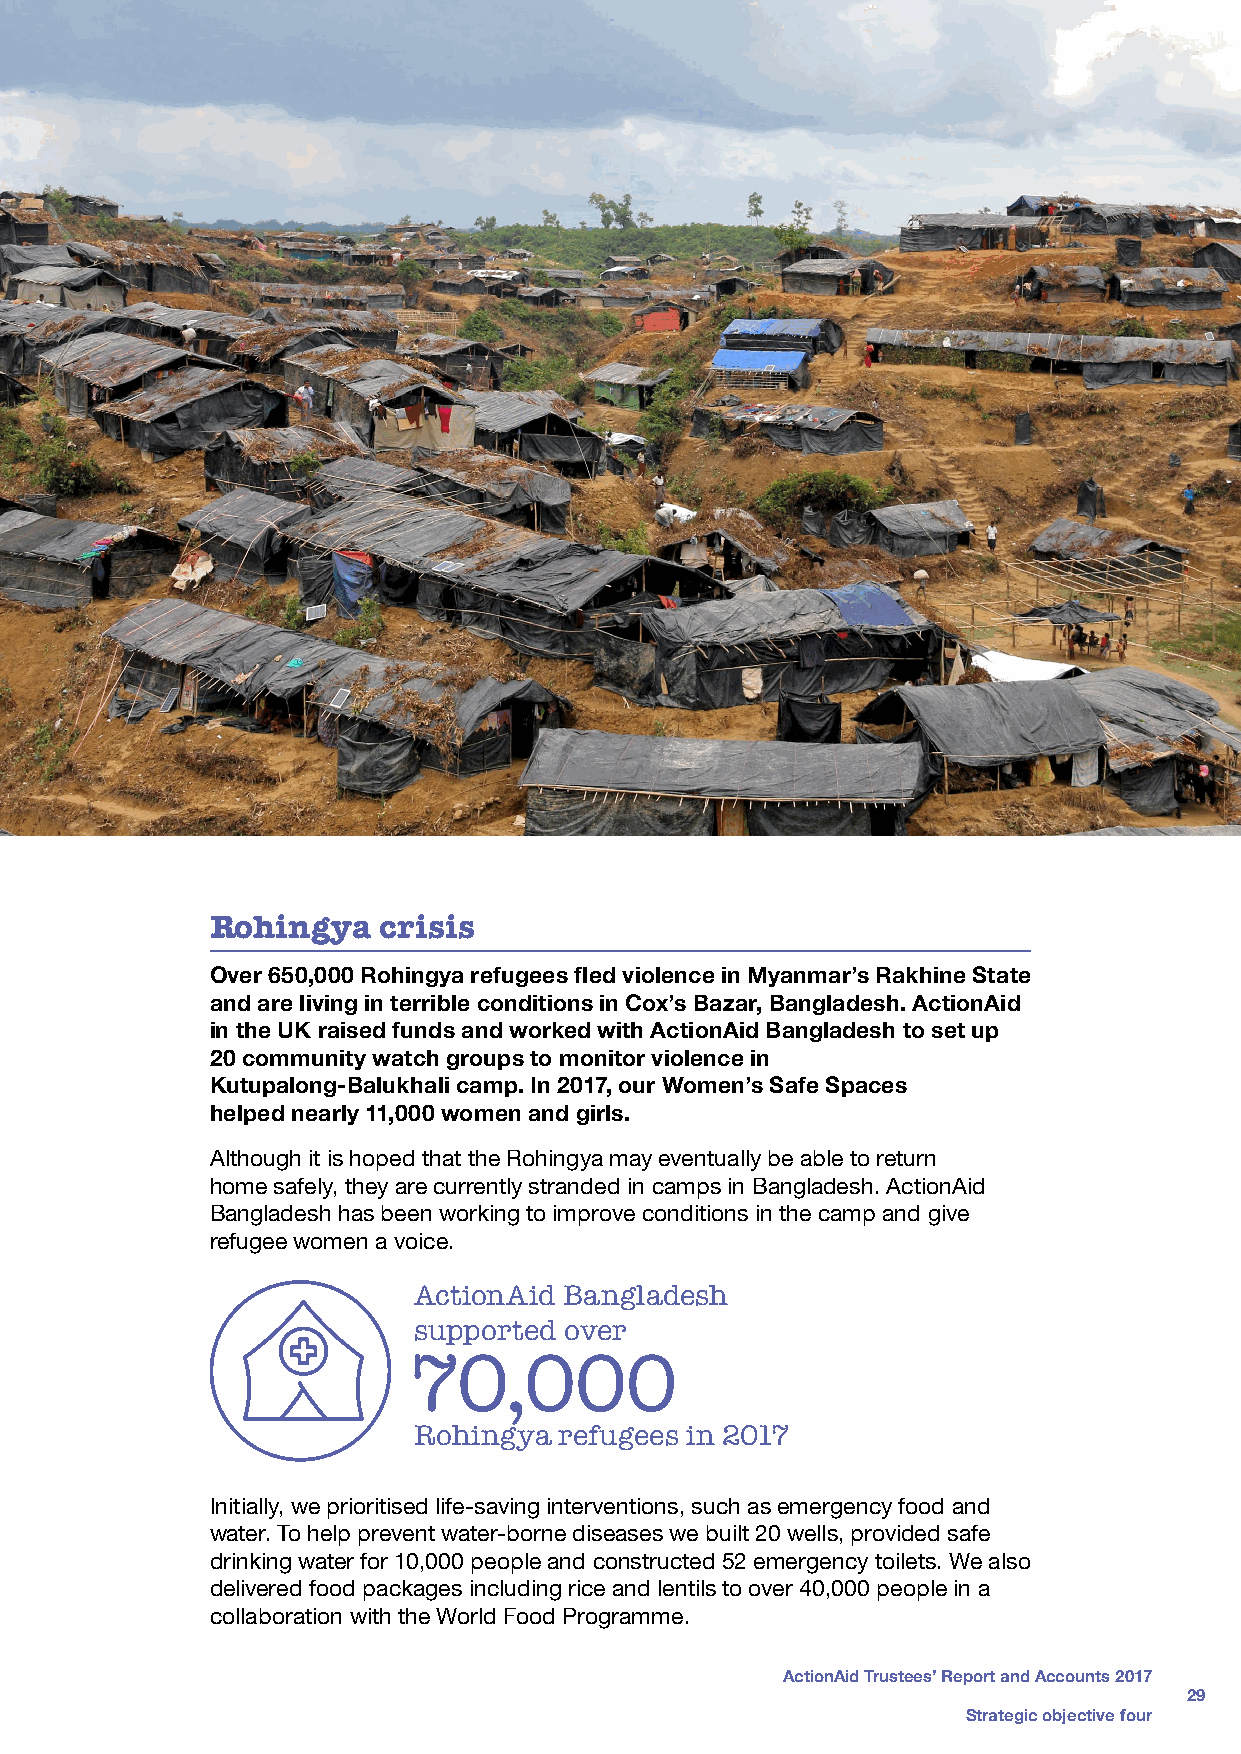
Rohingya   crisis
 Over 650,000 Rohingya refugees fled violence in Myanmar’s Rakhine State
 and are living in terrible conditions in Cox’s Bazar, Bangladesh. ActionAid
 in the UK raised funds and worked with ActionAid Bangladesh to set up
 20 community watch groups to monitor violence in
 Kutupalong-Balukhali camp. In 2017, our Women’s Safe Spaces
 helped nearly 11,000 women and girls.
 Although it is hoped that the Rohingya may eventually be able to return
 home safely, they are currently stranded in camps in Bangladesh. ActionAid
 Bangladesh has been working to improve conditions in the camp and give
 refugee women a voice.
 ActionAid Bangladesh
 supported over
 70,000
 Rohingya  refugees in 2017
 Initially, we prioritised life-saving interventions, such as emergency food and
 water. To help prevent water-borne diseases we built 20 wells, provided safe
 drinking water for 10,000 people and constructed 52 emergency toilets. We also
 delivered food packages including rice and lentils to over 40,000 people in a
 collaboration with the World Food Programme.
 ActionAid Trustees’ Report and Accounts 2017
 29
 Strategic objective four